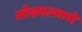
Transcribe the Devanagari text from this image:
ओढवल्याचे